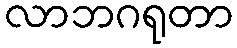
လာဘဂရုတာ